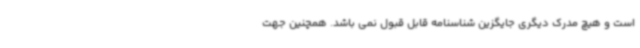
است و هیچ مدرک دیگری جایگزین شناسنامه قابل قبول نمی باشد. همچنین جهت